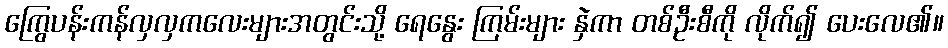
ကြွေပန်းကန်လှလှကလေးများအတွင်းသို့ ရေနွေး ကြမ်းများ နှဲကာ တစ်ဦးစီကို လိုက်၍ ပေးလေ၏။